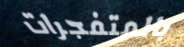
بالمتفجرات